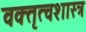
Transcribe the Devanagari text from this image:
वक्‍तृत्वशास्त्र